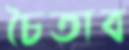
চৈতাব